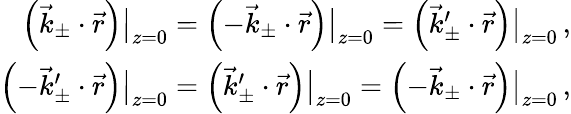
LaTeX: \begin{array}{r}{\left(\vec{k}_{\pm}\cdot\vec{r}\right)\big|_{z=0}=\left(-\vec{k}_{\pm}\cdot\vec{r}\right)\big|_{z=0}=\left(\vec{k}_{\pm}^{\prime}\cdot\vec{r}\right)\big|_{z=0}\, ,}\\ {\left(-\vec{k}_{\pm}^{\prime}\cdot\vec{r}\right)\big|_{z=0}=\left(\vec{k}_{\pm}^{\prime}\cdot\vec{r}\right)\big|_{z=0}=\left(-\vec{k}_{\pm}\cdot\vec{r}\right)\big|_{z=0}\, ,}\end{array}